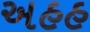
અહહ